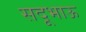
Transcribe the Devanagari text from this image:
सदूभाऊ